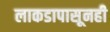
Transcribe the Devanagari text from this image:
लाकडापासूनही